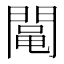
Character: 𨵜